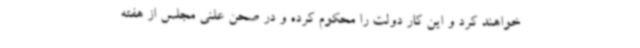
خواهند کرد و این کار دولت را محکوم کرده و در صحن علنی مجلس از هفته